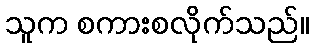
သူက စကားစလိုက်သည်။